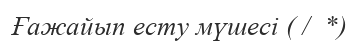
Ғажайып есту мүшесі ( /  *)